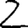
Digit: 2